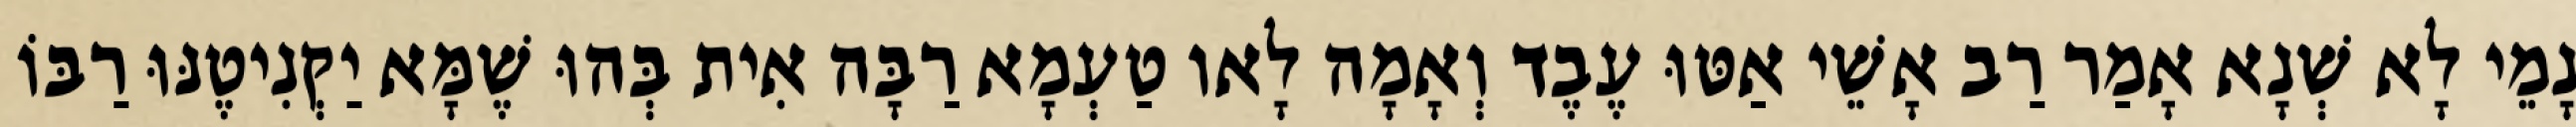
נָמֵי לָא שְׁנָא אָמַר רַב אָשֵׁי אַטּוּ עֶבֶד וְאָמָה לָאו טַעְמָא רַבָּה אִית בְּהוּ שֶׁמָּא יַקְנִיטֶנּוּ רַבּוֹ